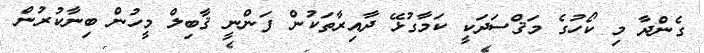
ގެންދާ މި ކޯހުގެ މަޤްސަދަކީ ކަމާގުޅޭ ދާއިރާތަކުން ފަންނީ ޤާބިލް މީހުން ބިނާކުރުން